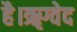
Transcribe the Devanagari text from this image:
है।ॠग्वेद